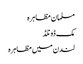
مسلمان مظاہرہ
مک ڈونلڈ
لندن میں مظاہرہ